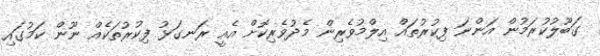
ގަބޫލުކުރަމުން އަންނަ ފިކުރުތައް އިލްމުވެރިން މެދުވެރިކޮށް އެއީ ރަނގަޅު ފިކުރުތަކެއް ނޫން ކަމުގައި